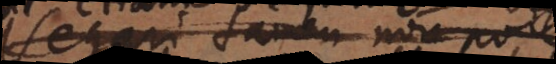
Negari tamen non potest